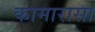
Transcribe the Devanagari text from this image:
कामारासा